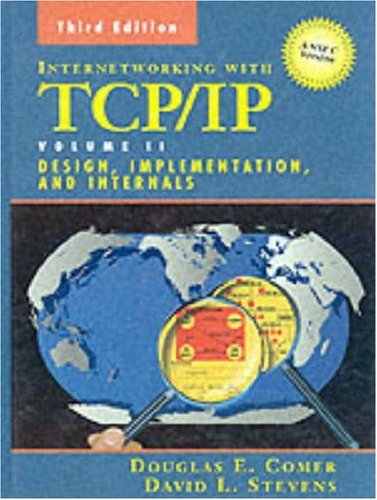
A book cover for Internetworking with TCP/IP Vol. II: ANSI C Version: Design, Implementation, and Internals (3rd Edition); Douglas E. Comer; Computers & Technology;